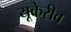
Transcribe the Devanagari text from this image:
यूकेरीव